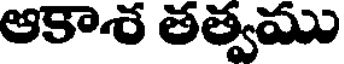
ఆకాశ తత్వము